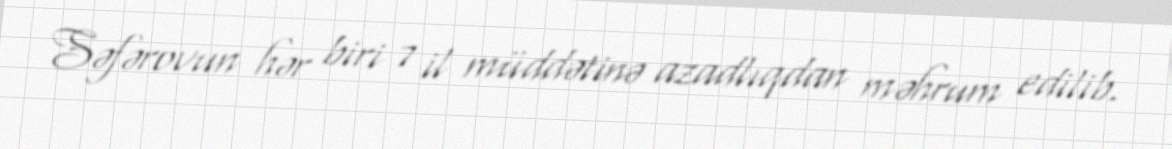
Səfərovun hər biri 7 il müddətinə azadlıqdan məhrum edilib.